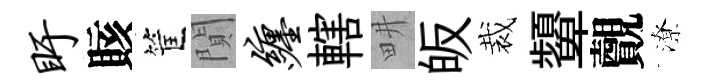
盱賅筐閴缠轄畊皈裁顰覿潦